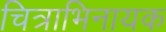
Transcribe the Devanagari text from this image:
चित्राभिनायक